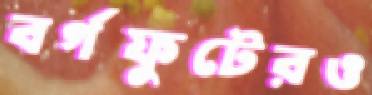
বর্গফুটেরও